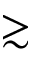
\gtrsim